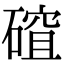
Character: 𥕅